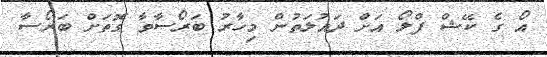
އޯ ގެ ކޭޝް ފްލޯ އަށް ދައުލަތުން މިހާރު ބަރޯސާވާ ގޮތަށް ބަރޯސާ